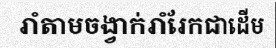
រាំតាមចង្វាក់រាំរែកជាដើម